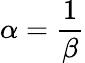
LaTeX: \alpha={\frac{1}{\beta}}